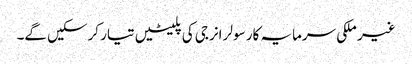
غیر ملکی سرمایہ کار سولر انرجی کی پلیٹیں تیار کرسکیں گے۔